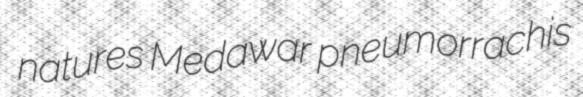
natures Medawar pneumorrachis